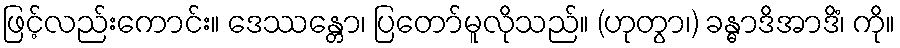
ဖြင့်လည်းကောင်း။ ဒေဿန္တော၊ ပြတော်မူလိုသည်။ (ဟုတွာ၊) ခန္ဓာဒိအာဒိံ၊ ကို။